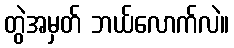
တွဲအမှတ် ဘယ်လောက်လဲ။